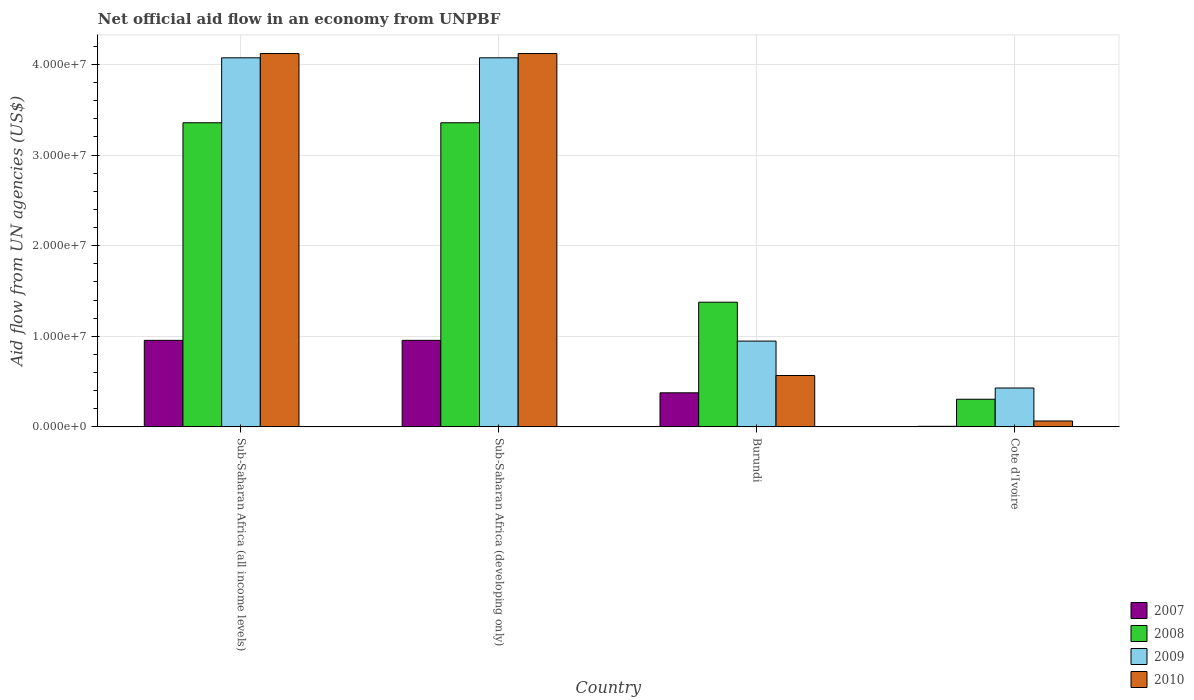
| Country | 2007 | 2008 | 2009 | 2010 |
 | --- | --- | --- | --- | --- |
 | Sub-Saharan Africa (all income levels) | 9.55e+06 | 3.36e+07 | 4.07e+07 | 4.12e+07 |
 | Sub-Saharan Africa (developing only) | 9.55e+06 | 3.36e+07 | 4.07e+07 | 4.12e+07 |
 | Burundi | 3.76e+06 | 1.38e+07 | 9.47e+06 | 5.67e+06 |
 | Cote d'Ivoire | 6e+04 | 3.05e+06 | 4.29e+06 | 6.5e+05 |